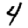
Digit: 4